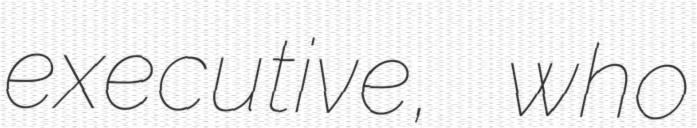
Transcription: executive, who